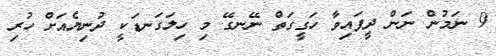
9 ނަމުން ނަން ދީފައިވާ ހަގީގަތް ނޭނގޭ މި ހިލަގަނޑަކީ ދުނިޔެއަށް ހުރި